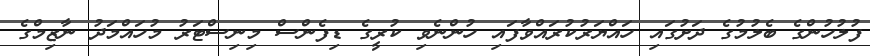
ފުލުހުންގެ ބެލުމުގެ ދަށުގައި ހައްޔަރުކުރައްވާފައި ހުންނެވި ކުރީގެ ޑިފެންސް މިނިސްޓަރު މުހައްމަދު ނާޒިމްގެ